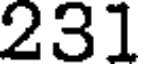
231